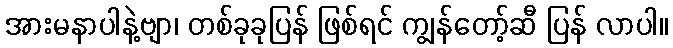
အားမနာပါနဲ့ဗျာ၊ တစ်ခုခုပြန် ဖြစ်ရင် ကျွန်တော့်ဆီ ပြန် လာပါ။